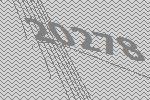
20278